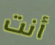
أنت